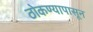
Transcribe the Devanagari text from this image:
ठोकण्यापासून